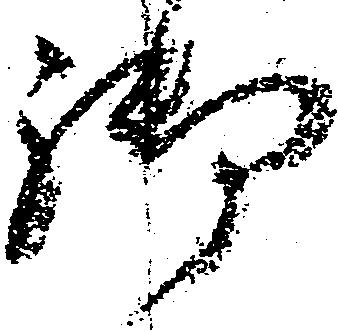
御